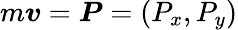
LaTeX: m\boldsymbol{v}=\boldsymbol{P}=(P_{x},P_{y})